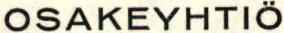
OSAKEYHTIÖ